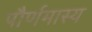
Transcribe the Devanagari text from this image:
पौर्णमास्य